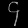
Digit: ၄